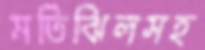
মতিঝিলসহ